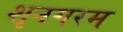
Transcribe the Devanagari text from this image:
शृनगरम